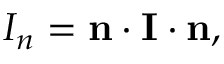
I _ { n } = \mathbf { n } \cdot \mathbf { I } \cdot \mathbf { n } ,